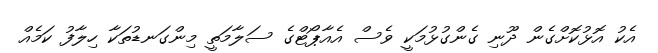
އެކު އޮޅުކޮށްގެން ދޫނި ގެންގުޅުމަކީ ވެސް އެއާޕޯޓްގެ ސަލާމަތީ މިންގަނޑުތަކާ ހިލާފު ކަމެއް